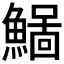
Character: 𩻂